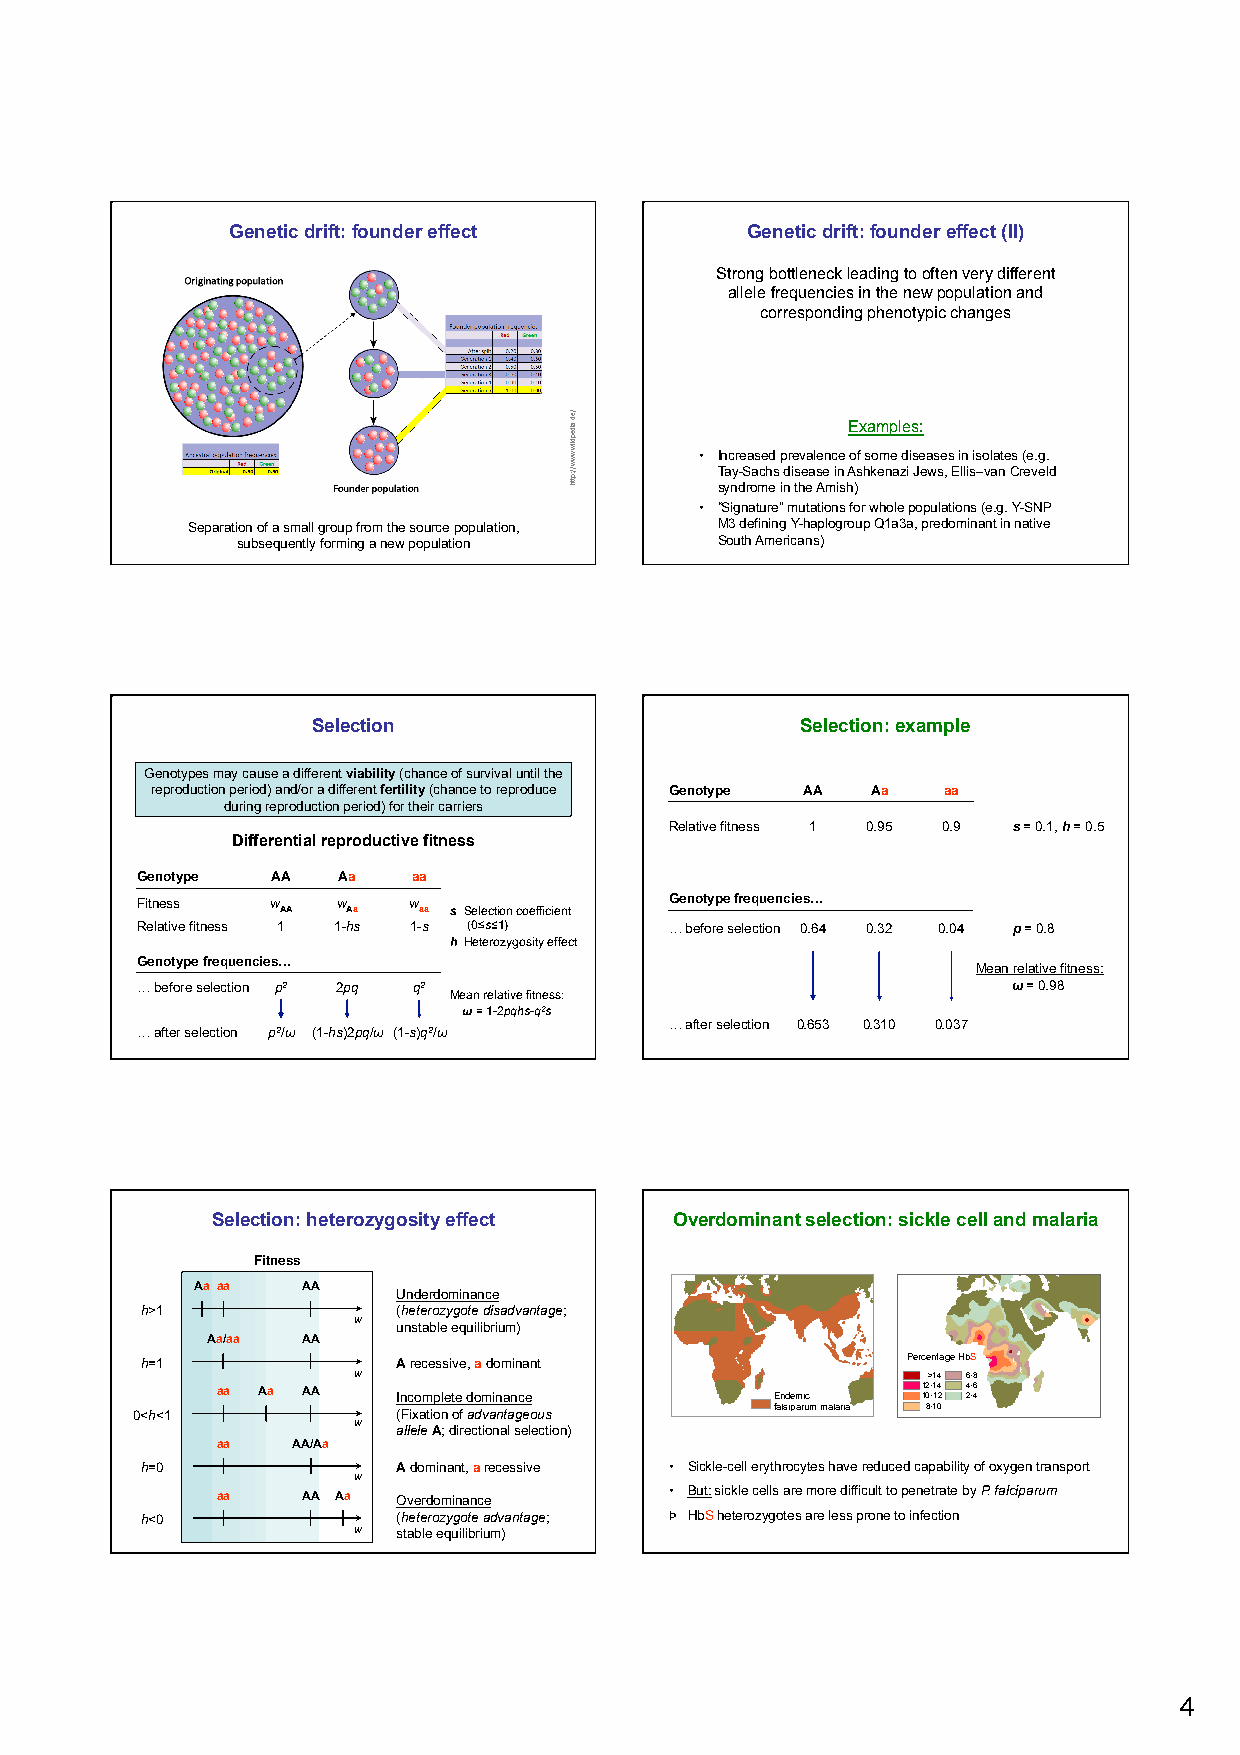
Genetic drift: founder effect     Genetic drift: founder effect (II)
 Strong bottleneck leading to often very different
 allele frequencies in the new population and
 corresponding phenotypic changes
 Examples:
 • Increased prevalence of some diseases in isolates (e.g.
 Tay-Sachs disease in Ashkenazi Jews, Ellis–van Creveld
 syndrome in the Amish)
 • “Signature” mutations for whole populations (e.g. Y-SNP
 Separation of a small group from the source population, M3 defining Y-haplogroup Q1a3a, predominant in native
 subsequently forming a new population South Americans)
 Selection                       Selection: example
 Genotypes may cause a different viability (chance of survival until the
 reproduction period) and/or a different fertility (chance to reproduce Genotype AA Aa aa
 during reproduction period) for their carriers
 Relative fitness 1 0.95 0.9 s = 0.1, h = 0.5
 Differential reproductive fitness
 Genotype AA  Aa   aa
 Fitness  w   w    w                Genotype frequencies…
 AA   Aa   aa s Selection coefficient
 Relative fitness 1 1-hs 1-s (0≤s≤1) … before selection 0.64 0.32 0.04 p = 0.8
 h Heterozygosity effect
 Genotype frequencies…
 Mean relative fitness:
 … before selection p2 2pq q2                              ω = 0.98
 Mean relative fitness:
 ω = 1-2pqhs-q2s
 … after selection 0.653 0.310 0.037
 … after selection p2/ω (1-hs)2pq/ω (1-s)q2/ω
 Selection: heterozygosity effect Overdominant selection: sickle cell and malaria
 Fitness
 Aa aa  AA
 Underdominance
 h>1              (heterozygote disadvantage;
 w  unstable equilibrium)
 Aa/aa AA
 h=1              A recessive, a dominant           Percentage HbS
 w                                     >14 6-8
 aa Aa AA                                       12-14 4-6
 Incomplete dominance     Endemic   10-12 2-4
 0<h<1            (Fixation of advantageous falsiparum malaria 8-10
 w  allele A; directional selection)
 aa   AA/Aa
 h=0              A dominant, a recessive • Sickle-cell erythrocytes have reduced capability of oxygen transport
 w
 aa    AA Aa Overdominance     • But: sickle cells are more difficult to penetrate by P. falciparum
 h<0              (heterozygote advantage; Þ HbS heterozygotes are less prone to infection
 w  stable equilibrium)
 4
 /ed.aidepikiw.www//:ptth